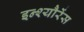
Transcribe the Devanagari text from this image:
इन्श्यौरेंस